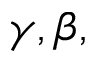
\gamma , \beta ,